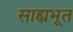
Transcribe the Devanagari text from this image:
साह्यभूत